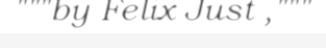
"""by Felix Just ,"""